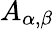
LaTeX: A_{\alpha,\beta}